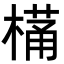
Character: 𭫩